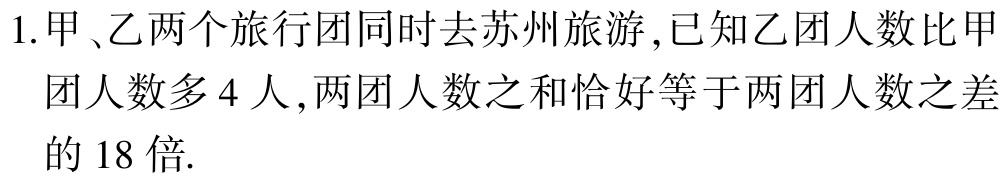
1.甲、乙两个旅行团同时去苏州旅游,已知乙团人数比甲团人数多4人,两团人数之和恰好等于两团人数之差的18倍.